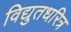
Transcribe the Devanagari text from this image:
विद्युतधरित्र